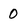
Character: 0